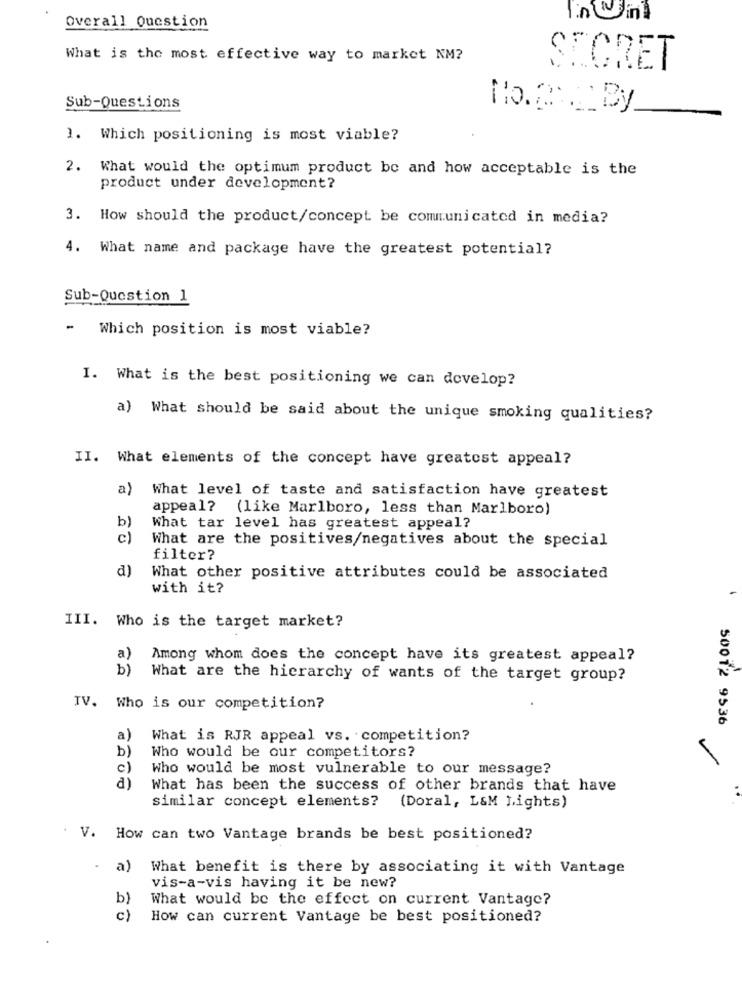
Overall Question
What is the most effective way to market NM?
SECRET
Sub-Questions
1. Which positioning is most viable?
2. What would the optimum product be and how acceptable is the
product under development?
3. How should the product/concept be communicated in media?
4. What name and package have the greatest potential?
Sub-Question 1
- Which position is most viable?
I. What is the best positioning we can develop?
a) What should be said about the unique smoking qualities?
II. What elements of the concept have greatest appeal?
a)
What level of taste and satisfaction have greatest
appeal? (like Marlboro, less than Marlboro)
b)
What tar level has greatest appeal?
c)
What are the positives/negatives about the special
filter?
d)
What other positive attributes could be associated
with it?
III. Who is the target market?
a)
Among whom does the concept have its greatest appeal?
b)
What are the hierarchy of wants of the target group?
TV. Who is our competition?
50012 9536
a
What is RJR appeal vs. competition?
b)
Who would be our competitors?
c)
Who would be most vulnerable to our message?
-
d)
What has been the success of other brands that have
similar concept elements? (Doral, L&M Lights)
V. How can two Vantage brands be best positioned?
a)
What benefit is there by associating it with Vantage
vis-a-vis having it be new?
b)
What would be the effect on current Vantage?
c)
How can current Vantage be best positioned?